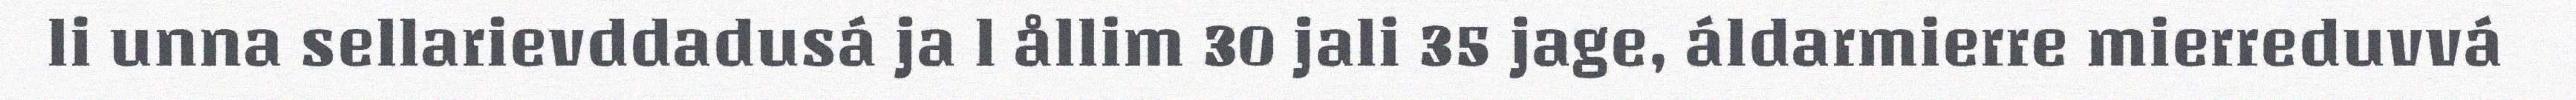
li unna sellarievddadusá ja l ållim 30 jali 35 jage, áldarmierre mierreduvvá